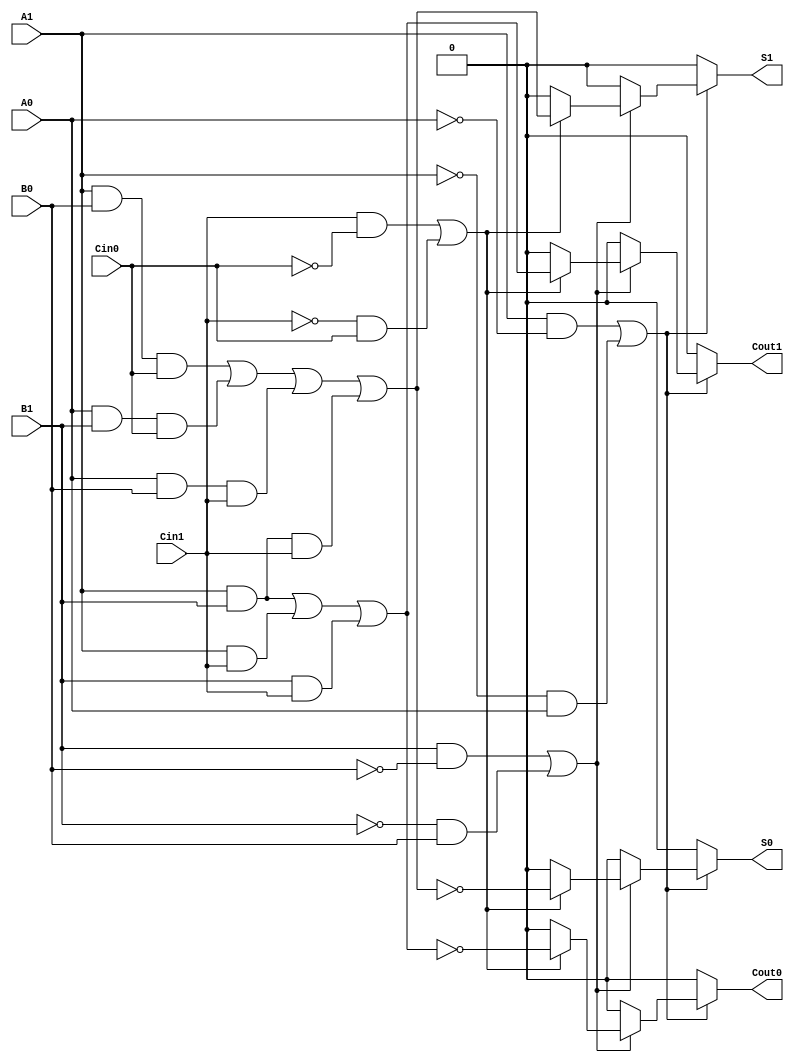
module dual_rail_full_adder (
    input wire A1, A0,  // Dual-rail representation of A
    input wire B1, B0,  // Dual-rail representation of B
    input wire Cin1, Cin0, // Dual-rail representation of Cin
    output reg S1, S0,  // Dual-rail representation of S
    output reg Cout1, Cout0 // Dual-rail representation of Cout
);

always @(*) begin
    // Initialize outputs to invalid state
    S1 = 0; S0 = 0;
    Cout1 = 0; Cout0 = 0;

    // Check for valid inputs
    if ((A1 && !A0) || (!A1 && A0)) begin
        if ((B1 && !B0) || (!B1 && B0)) begin
            if ((Cin1 && !Cin0) || (!Cin1 && Cin0)) begin
                // Calculate sum S
                S1 = (A1 && B0 && Cin0) || (A0 && B1 && Cin0) || (A0 && B0 && Cin1) || (A1 && B1 && Cin1);
                S0 = (!S1);

                // Calculate carry Cout
                Cout1 = (A1 && B1) || (A1 && Cin1) || (B1 && Cin1);
                Cout0 = (!Cout1);
            end
        end
    end
end

endmodule